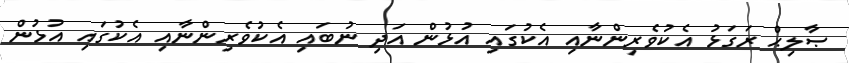
ޞާލިޙް ރަގަޅު އެކުވެރިންނާއި އެކުގައި އުޅުން އަދި ނުބައި އެކުވެރިންނާއި އެކުގައި އުޅުން